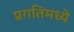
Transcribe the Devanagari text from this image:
प्रगतिमध्ये